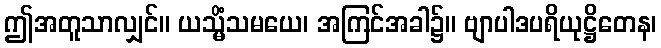
ဤအတူသာလျှင်။ ယသ္မိံသမယေ၊ အကြင်အခါ၌။ ဗျာပါဒပရိယုဋ္ဌိတေန၊